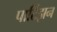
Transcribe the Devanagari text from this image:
पार्टिझन